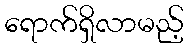
ရောက်ရှိလာမည့်